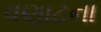
વણાટના